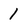
Character: 1